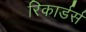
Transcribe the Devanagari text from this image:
रिकार्डर्स